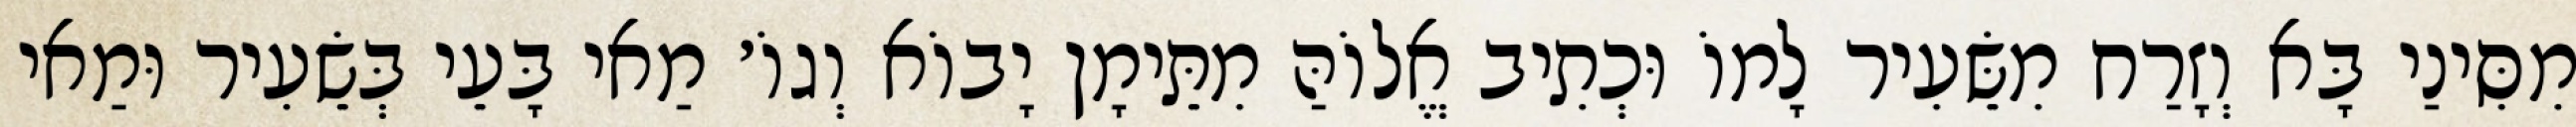
מִסִּינַי בָּא וְזָרַח מִשֵּׂעִיר לָמוֹ וּכְתִיב אֱלוֹהַּ מִתֵּימָן יָבוֹא וְגוֹ׳ מַאי בָּעֵי בְּשֵׂעִיר וּמַאי